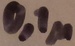
Text: 0,1µ